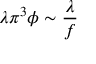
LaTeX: \lambda \pi ^ { 3 } \phi \sim \frac \lambda f